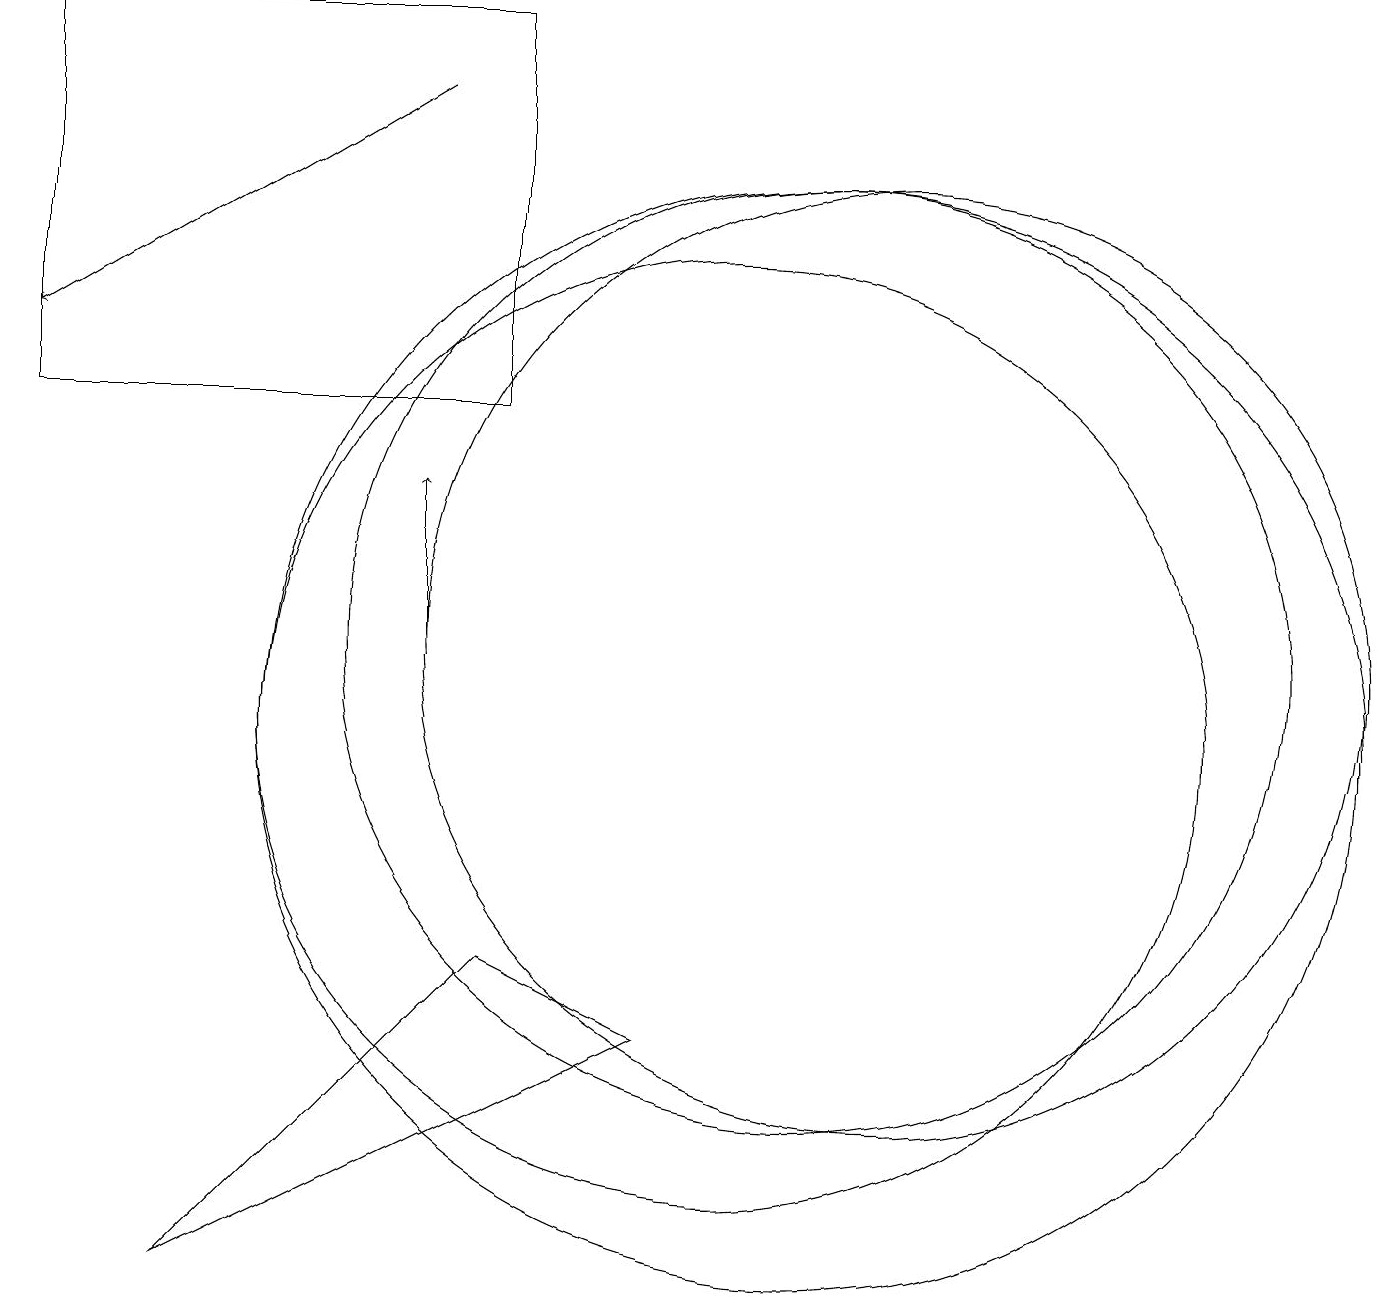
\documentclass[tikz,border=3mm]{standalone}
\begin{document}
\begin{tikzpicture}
\draw (7,14) rectangle (1,19);
\draw (11,10) circle (7);
\draw (12,11) circle (6);
\draw[->] (6,18) -- (1,15);
\draw (10,10) circle (6);
\draw (11,11) circle (6);
\draw[->] (6,11) -- (6,13);
\draw (7,7) -- (9,6) -- (3,3) -- cycle;
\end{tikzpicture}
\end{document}